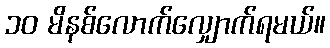
၁၀ မိနစ်လောက်လျှောက်ရမယ်။